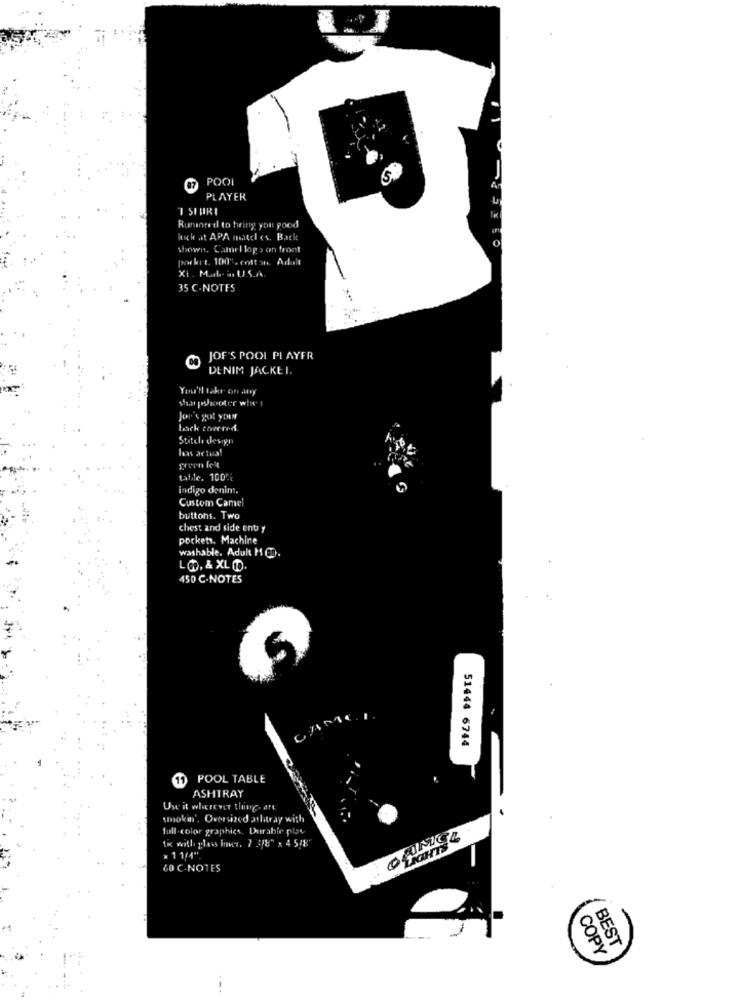
POOL
5.
PLAYER
T SIURI
Runared to bring you good
luck at APA matel es. Back
shown. Camel lop > on front
porkrt. 100", cotton, Adula
Xt. Maak- in U.S.A.
35 C- NOTES
JOF'S POOL PLAYFR
DENIM JACKE I.
You'll take on any
stan pshooter whet
Jor's got your
Stitch design
hans actual
green Ie't
tatile. 100%
indigo denim.
Custom Camel
buttons. Two
chest and side ent y
pockets. Machine
washable. Adult H CO.
450 C-NOTES
51444 6744
POOL TABLE
ASHTRAY
Use it wherever thing. art
smokin', Oversized arlatray with
full-color graphics. Durable play
to with glass iniz. 7 5/8" x 4 5/8"
LIGHTS
× 1 1/4"
60 C-NOTES
COPY
BEST
-.